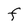
Character: F